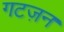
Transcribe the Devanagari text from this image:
गटज़न